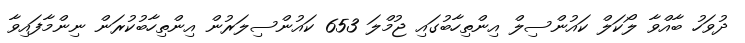
ދުވަހު ބާއްވާ ލޯކަލް ކައުންސިލް އިންތިހާބުގައި ޖުމްލަ 653 ކައުންސިލަރުން އިންތިހާބުކުރަން ނިންމާފައިވާ